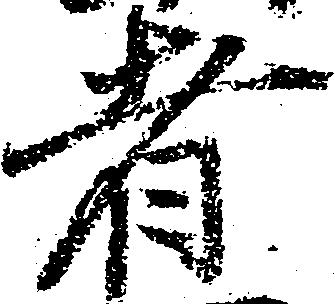
者